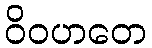
ဝိဝဟတေ